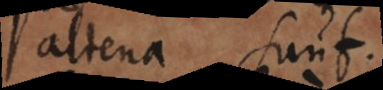
aliena sunt.